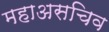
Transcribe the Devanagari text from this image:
महाअसचिव